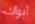
أبواك